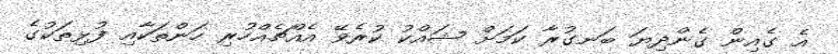
އެ ގެއިން ގެންދިޔަ ބަނގުރާ ކަމަށް ޝައްކު ކުރެވޭ އެއްޗެއްހުރި ހަންތަކާއި ފުޅިތަކުގެ